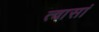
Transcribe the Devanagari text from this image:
त्वासां